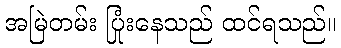
အမြဲတမ်း ပြုံးနေသည် ထင်ရသည်။